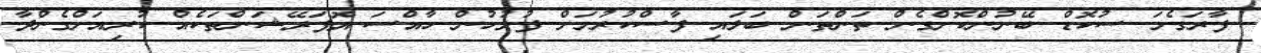
ފާރަގެމަ ސުކޮޑް ބޭނުންކޮށްގެން ތަންތަން ބަލައި ފާސްކުރުމަށް ފުލުހުން ހާއްސަ އޮޕަރޭޝަންތަކެއް ކުރިއަށްގެންދާ